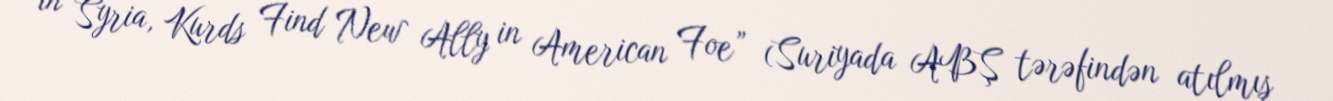
in Syria, Kurds Find New Ally in American Foe” (Suriyada ABŞ tərəfindən atılmış